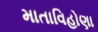
માતાવિહોણા